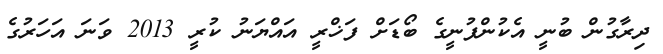
ދިރާގުން ބުނީ އެކުންފުނީގެ ބޯޑަށް ފަޚްރީ އައްޔަނު ކުރީ 2013 ވަނަ އަހަރުގެ